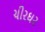
ચીરઘર